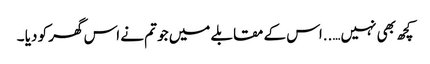
کچھ بھی نہیں…..اس کے مقابلے میں جو تم نے اس گھر کو دیا ۔